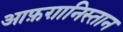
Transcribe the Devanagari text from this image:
आफ़ग़ानिस्तान